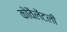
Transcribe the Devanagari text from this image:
कोवैलेंटली